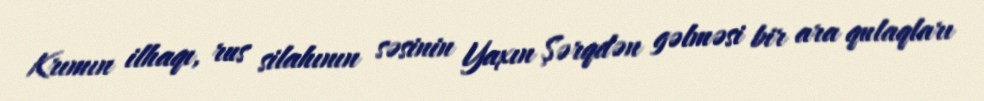
Krımın ilhaqı, rus silahının səsinin Yaxın Şərqdən gəlməsi bir ara qulaqları